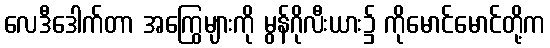
လေဒီဒေါက်တာ အကြွေများကို မွန်ဂိုလီးယား၌ ကိုမောင်မောင်တို့က